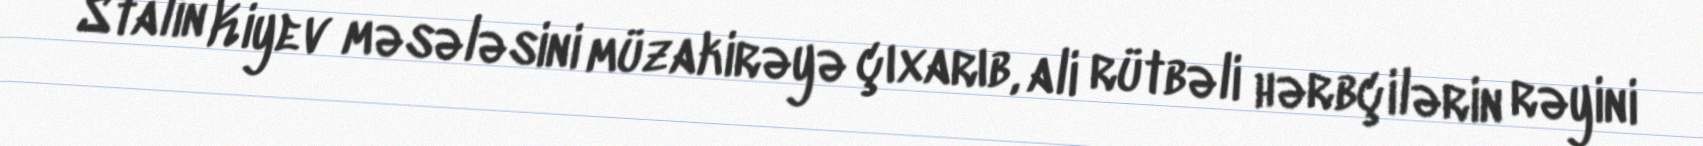
Stalin Kiyev məsələsini müzakirəyə çıxarıb, ali rütbəli hərbçilərin rəyini